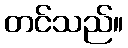
တင်သည်။